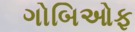
ગોબિઓફ